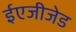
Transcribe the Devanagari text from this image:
ईएजीजेड